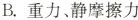
B. 重力、静摩擦力